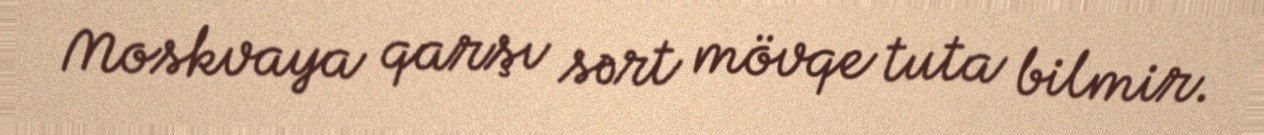
Moskvaya qarşı sərt mövqe tuta bilmir.